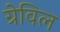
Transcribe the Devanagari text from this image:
ग्रेविल